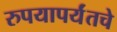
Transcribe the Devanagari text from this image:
रुपयापर्यंतचे